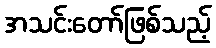
အသင်းတော်ဖြစ်သည့်